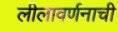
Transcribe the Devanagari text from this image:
लीलावर्णनाची